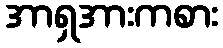
အာရှအားကစား